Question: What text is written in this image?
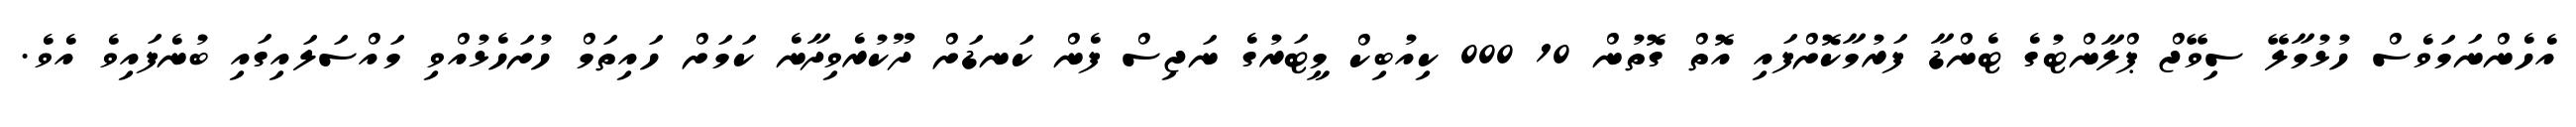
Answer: އެހެންނަމަވެސް ހުޅުމާލޭ ސިވޭޖް ޕްލާންޓުގެ ޓެންޑާ ފަރުމާކޮށްފައި އޮތް ގޮތުން 10 000 ކިއުބިކް މީޓަރުގެ ނަޖިސް ފެން ކަނޑަށް ދޫކުރެވިދާނެ ކަމަށް ހައިތަމް ހުށަހެޅުއްވި މައްސަލައިގައި ބުނެފައިވެ އެވެ.